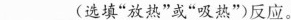
___(选填“放热”或“吸热”)反应。